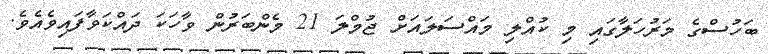
ބަހުސްގެ މަރުހަލާގައި މި ކުއްލި މައްސަލައަށް ޖުމްލަ 21 މެންބަރުން ވާހަކަ ދައްކަވާފައިވެއެވެ.